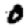
Digit: 0